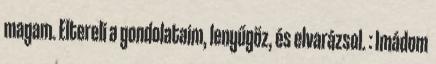
magam. Eltereli a gondolataim, lenyűgöz, és elvarázsol. : Imádom